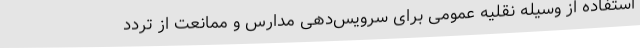
استفاده از وسیله نقلیه عمومی برای سرویس‌دهی مدارس و ممانعت از تردد